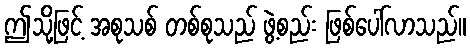
ဤသို့ဖြင့် အစုသစ် တစ်စုသည် ဖွဲ့စည်း ဖြစ်ပေါ်လာသည်။